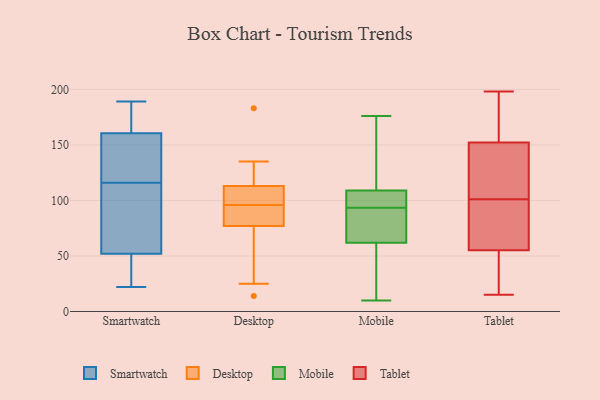
{"axis": {"x": "Temperature (°C)", "y": "Value"}, "legend": ["Desktop", "Mobile", "Smartwatch", "Tablet"], "data": [{"x": "", "y": 78, "type": "Smartwatch"}, {"x": "", "y": 137, "type": "Smartwatch"}, {"x": "", "y": 189, "type": "Smartwatch"}, {"x": "", "y": 168, "type": "Smartwatch"}, {"x": "", "y": 72, "type": "Smartwatch"}, {"x": "", "y": 22, "type": "Smartwatch"}, {"x": "", "y": 158, "type": "Smartwatch"}, {"x": "", "y": 53, "type": "Smartwatch"}, {"x": "", "y": 49, "type": "Smartwatch"}, {"x": "", "y": 25, "type": "Smartwatch"}, {"x": "", "y": 144, "type": "Smartwatch"}, {"x": "", "y": 116, "type": "Smartwatch"}, {"x": "", "y": 175, "type": "Smartwatch"}, {"x": "", "y": 82, "type": "Desktop"}, {"x": "", "y": 77, "type": "Desktop"}, {"x": "", "y": 183, "type": "Desktop"}, {"x": "", "y": 14, "type": "Desktop"}, {"x": "", "y": 123, "type": "Desktop"}, {"x": "", "y": 95, "type": "Desktop"}, {"x": "", "y": 135, "type": "Desktop"}, {"x": "", "y": 78, "type": "Desktop"}, {"x": "", "y": 97, "type": "Desktop"}, {"x": "", "y": 108, "type": "Desktop"}, {"x": "", "y": 113, "type": "Desktop"}, {"x": "", "y": 35, "type": "Desktop"}, {"x": "", "y": 113, "type": "Desktop"}, {"x": "", "y": 25, "type": "Desktop"}, {"x": "", "y": 77, "type": "Mobile"}, {"x": "", "y": 176, "type": "Mobile"}, {"x": "", "y": 12, "type": "Mobile"}, {"x": "", "y": 109, "type": "Mobile"}, {"x": "", "y": 107, "type": "Mobile"}, {"x": "", "y": 109, "type": "Mobile"}, {"x": "", "y": 62, "type": "Mobile"}, {"x": "", "y": 96, "type": "Mobile"}, {"x": "", "y": 91, "type": "Mobile"}, {"x": "", "y": 10, "type": "Mobile"}, {"x": "", "y": 171, "type": "Tablet"}, {"x": "", "y": 22, "type": "Tablet"}, {"x": "", "y": 157, "type": "Tablet"}, {"x": "", "y": 56, "type": "Tablet"}, {"x": "", "y": 187, "type": "Tablet"}, {"x": "", "y": 51, "type": "Tablet"}, {"x": "", "y": 79, "type": "Tablet"}, {"x": "", "y": 79, "type": "Tablet"}, {"x": "", "y": 134, "type": "Tablet"}, {"x": "", "y": 198, "type": "Tablet"}, {"x": "", "y": 104, "type": "Tablet"}, {"x": "", "y": 55, "type": "Tablet"}, {"x": "", "y": 138, "type": "Tablet"}, {"x": "", "y": 101, "type": "Tablet"}, {"x": "", "y": 15, "type": "Tablet"}]}